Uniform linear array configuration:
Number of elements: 8
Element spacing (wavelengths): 1
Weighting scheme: hann
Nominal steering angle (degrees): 15
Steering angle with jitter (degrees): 15.522
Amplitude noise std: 0.05
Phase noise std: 0.05

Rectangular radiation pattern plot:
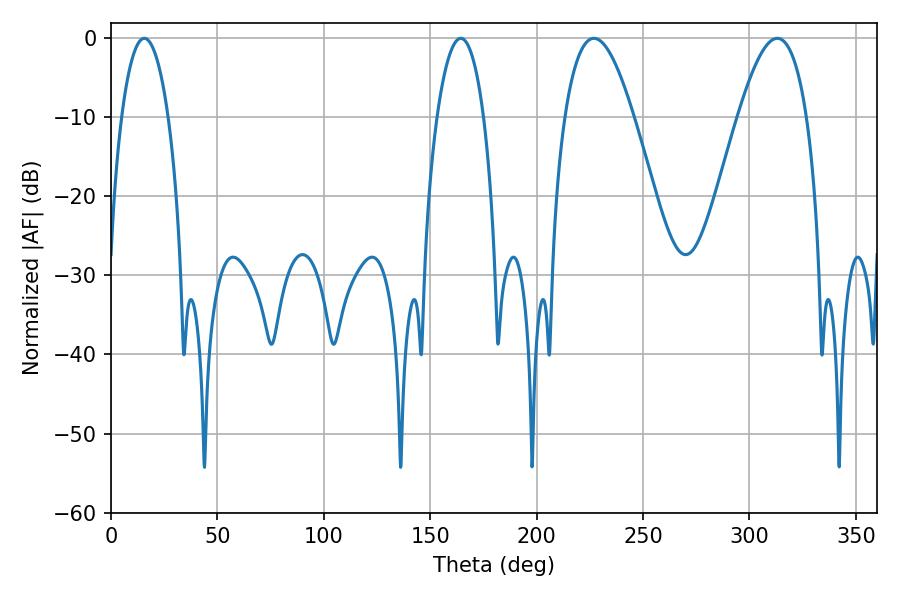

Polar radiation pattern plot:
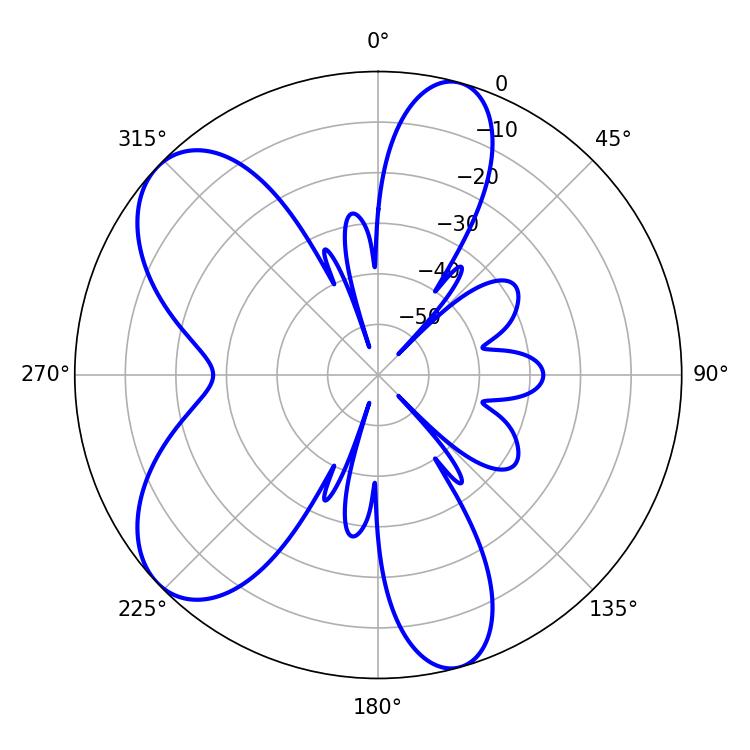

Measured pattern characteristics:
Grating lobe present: TRUE
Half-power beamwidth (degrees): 12.24
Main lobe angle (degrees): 15.66